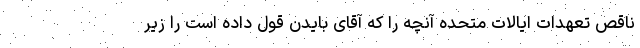
ناقص تعهدات ایالات متحده آنچه را که آقای بایدن قول داده است را زیر